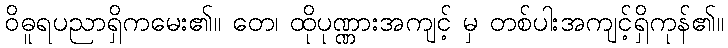
ဝိဓူရပညာရှိကမေး၏။ တေ၊ ထိုပုဏ္ဏားအကျင့် မှ တစ်ပါးအကျင့်ရှိကုန်၏။